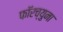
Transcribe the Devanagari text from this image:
फॉरच्युना